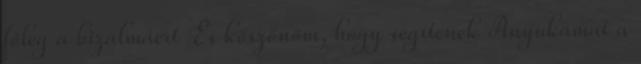
főleg a bizalmáért És köszönöm, hogy segítenek Anyukamat a